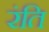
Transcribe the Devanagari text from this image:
रंति